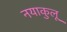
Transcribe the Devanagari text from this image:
नयाकुलू